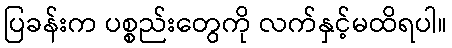
ပြခန်းက ပစ္စည်းတွေကို လက်နှင့်မထိရပါ။